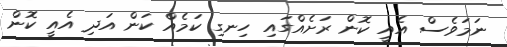
ނަމަވެސް އެއީ ކޮން ރަށެއްގައި ހިނގި ކަމެއް ކަން އަދި އެއީ ކޮން